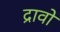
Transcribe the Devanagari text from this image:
द्रावों